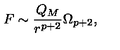
F \sim { \frac { Q _ { M } } { r ^ { p + 2 } } } \Omega _ { p + 2 } ,